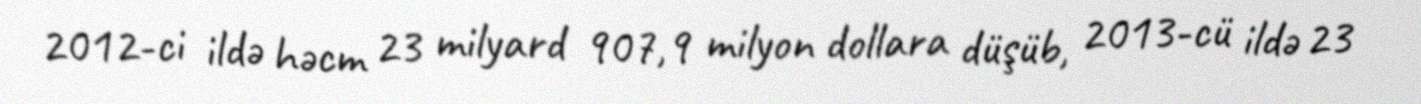
2012-ci ildə həcm 23 milyard 907,9 milyon dollara düşüb, 2013-cü ildə 23